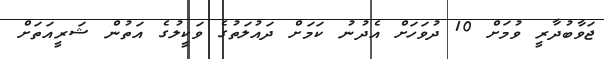
ޖަވާބުދާރީ ވުމަށް 10 ދުވަހަށް އެދުނު ކަމަށް ދައުލަތުގެ ވަކީލުގެ އަތުން ޝަރީއަތަށް